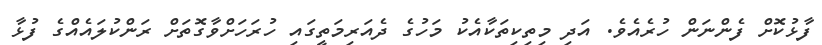
ފާޅުކޮށް ފެންނަން ހުރެއެވެ. އަދި މިތިކިތަކާއެކު މަހުގެ ދެއަރިމަތީގައި ހުރަހަށްވާގޮތަށް ރަންކުލައެއްގެ ފުޅާ